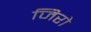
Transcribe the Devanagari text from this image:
जिरो